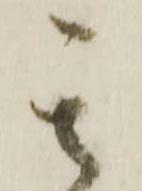
其